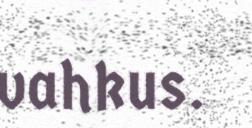
vahkus.